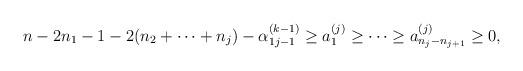
LaTeX: \begin{align*}\begin{array}{l}n-2n_1 -1-2(n_2 + \cdots + n_j )-\alpha^{(k-1)}_{1 j-1}\geq a^{(j)}_1 \geq \cdots \geq a^{(j)}_{n_j -n_{j+1}}\geq 0,\end{array}\end{align*}